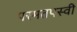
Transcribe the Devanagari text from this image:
परमतपस्वी